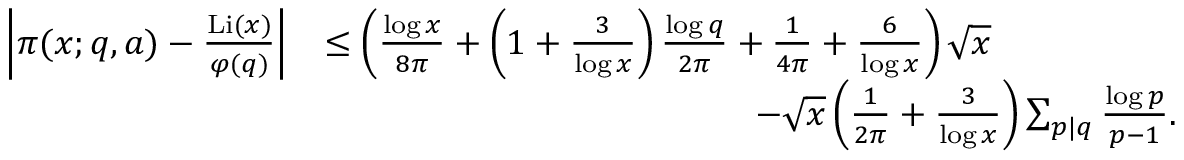
\begin{array} { r l } { \left| \pi ( x ; q , a ) - \frac { \operatorname { L i } ( x ) } { \varphi ( q ) } \right| } & { \leq \left( \frac { \log { x } } { 8 \pi } + \left( 1 + \frac { 3 } { \log { x } } \right) \frac { \log { q } } { 2 \pi } + \frac { 1 } { 4 \pi } + \frac { 6 } { \log { x } } \right) \sqrt { x } } \\ & { \qquad \qquad \qquad \qquad \qquad \qquad - \sqrt { x } \left( \frac { 1 } { 2 \pi } + \frac { 3 } { \log { x } } \right) \sum _ { p | q } \frac { \log { p } } { p - 1 } . } \end{array}